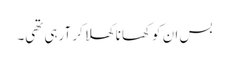
بس ان کو کھانا کھلا کر آرہی تھی۔